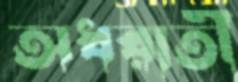
অধরাতী